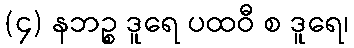
(၄) နဘဉ္စ ဒူရေ ပထဝီ စ ဒူရေ၊